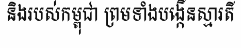
និងរបស់កម្ពុជា ព្រមទាំងបង្កើនស្មារតី